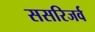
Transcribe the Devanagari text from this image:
ससरिजर्व